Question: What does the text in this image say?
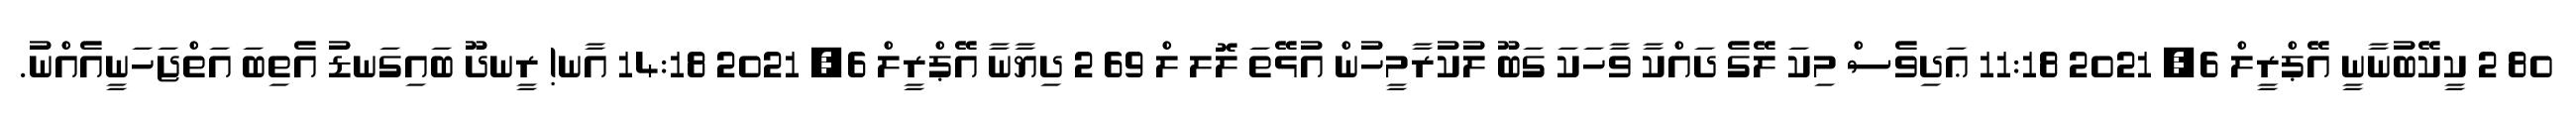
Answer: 80 2 ކީކޭބުނާނީ އޭޕްރީލް 6, 2021 11:18 ޢަދިވެސް މިކަ ލޭގެ ދައްކާ ވާހަކަ ގަބޫ ލުކުރާމީހުން އުޅޭތަ ލޮލ ލް 69 2 ދިޔާނާ އޭޕްރީލް 6, 2021 14:18 އާނ! ރީނދޫ ބައިގަނޑު އެތިބަ އަތްޖަހަނީއެއްނު.